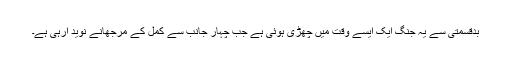
بدقسمتی سے یہ جنگ ایک ایسے وقت میں چھڑی ہوئی ہے جب چہار جانب سے کمل کے مرجھانے نوید آرہی ہے۔